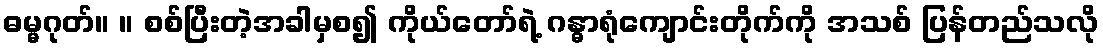
ဓမ္မဂုတ်။ ။ စစ်ပြီးတဲ့အခါမှစ၍ ကိုယ်တော်ရဲ့ ဂန္ဓာရုံကျောင်းတိုက်ကို အသစ် ပြန်တည်သလို